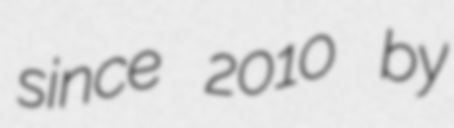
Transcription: since 2010 by